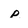
Character: p